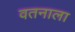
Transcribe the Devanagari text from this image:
वतनाला